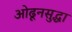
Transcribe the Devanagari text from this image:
ओढूनसुद्धा